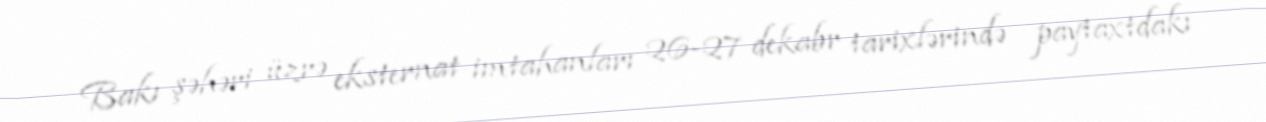
Bakı şəhəri üzrə eksternat imtahanları 26-27 dekabr tarixlərində paytaxtdakı